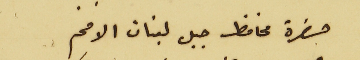
حضرة محافظ جبل لبنان الافخم